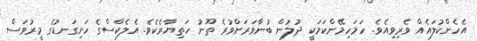
އެހެންކުލައެއް ވެރިވިއެވެ. ހަމަހިމޭންކަމަކީ ދުލުން ބުނާވަރަށްވުރެ ތޫނު ހަތިޔާރެކެވެ. އެލެކްސްގެ ހަށިގަނޑުގެ މީރުވަސް